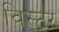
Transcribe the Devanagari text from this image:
विस्टर